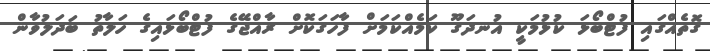
ގޮތެއްގައި ފުޓްބޯޅަ ކުޅުމަކީ އުނދަގޫ ކަމެއްކަމަށް ފާހަގަކޮށް ރާއްޖޭގެ ފުޓްބޯޅައިގެ ހަލާތު ބަދަލުވާން